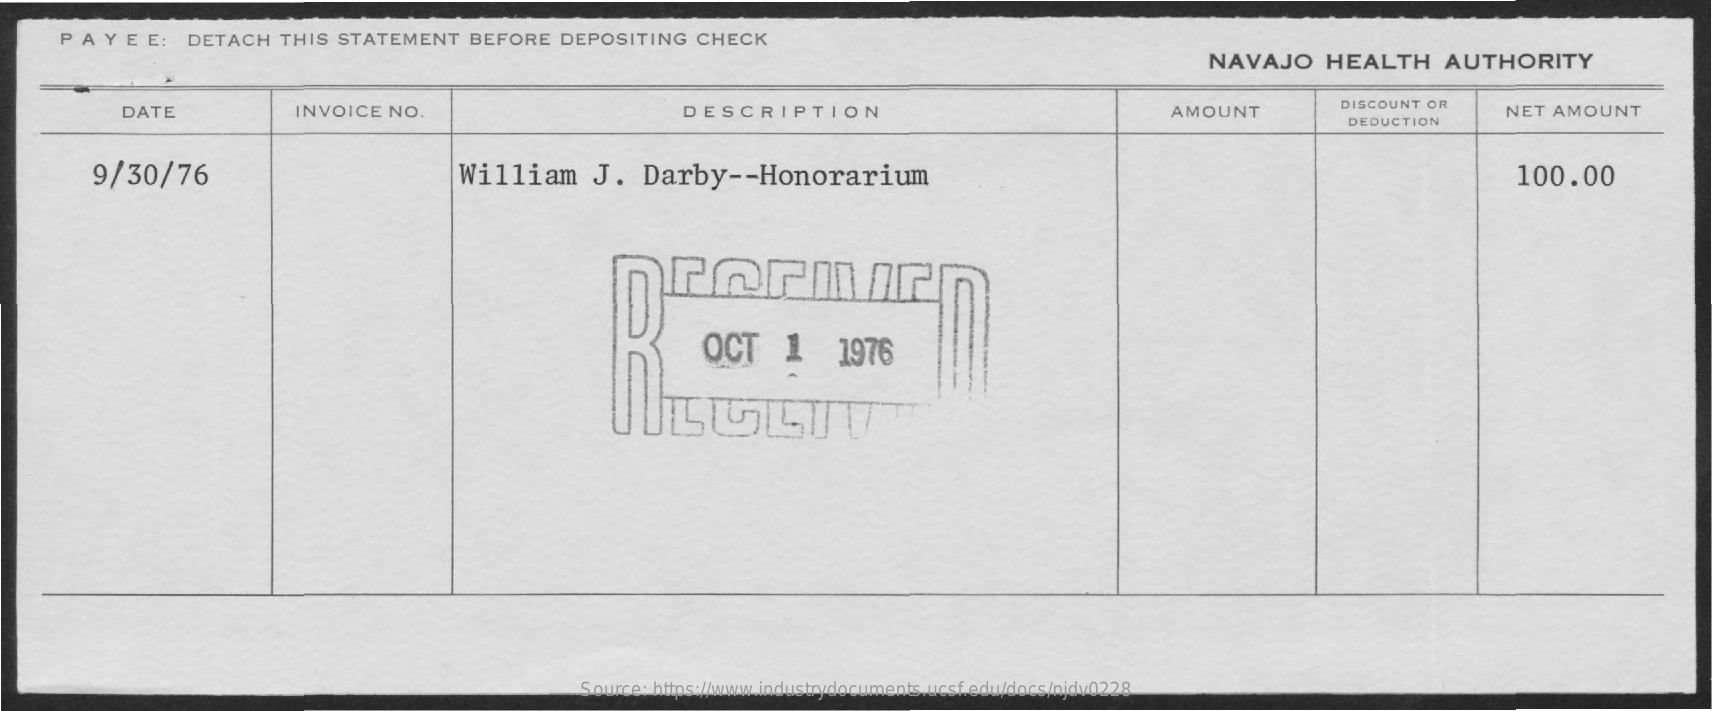
PAY   E  E:  DETACH    THIS  STATEMENT    BEFORE    DEPOSITING    CHECK
     NAVAJO    HEALTH    AUTHORITY
     DATE    INVOICE   NO.    DESCRIPTION    AMOUNT    DISCOUNT OR
     DEDUCTION
     NET  AMOUNT
     9/30/76    William    J.    Darby    --  Honorarium    100.00
     rermir
     OCT    1    1976
     =
     Source: https://www.industrydocuments.ucsf.edu/docs/njdv0228